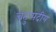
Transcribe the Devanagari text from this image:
चतुष्पदीय